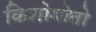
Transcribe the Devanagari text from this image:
किशोमोतो